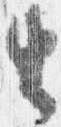
由